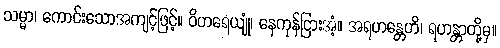
သမ္မာ၊ ကောင်းသောအကျင့်ဖြင့်။ ဝိဟရေယျုံ၊ နေကုန်ငြားအံ့။ အရဟန္တေဟိ၊ ရဟန္တာတို့မှ။